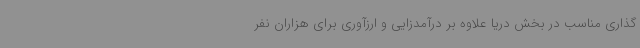
گذاری مناسب در بخش دریا علاوه بر درآمدزایی و ارزآوری برای هزاران نفر